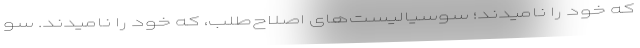
که خود را نامیدند؛ سوسیالیست‌های اصلاح‌طلب، که خود را نامیدند. سو